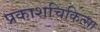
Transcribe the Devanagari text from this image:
प्रकाशचिकित्सा